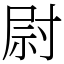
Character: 尉